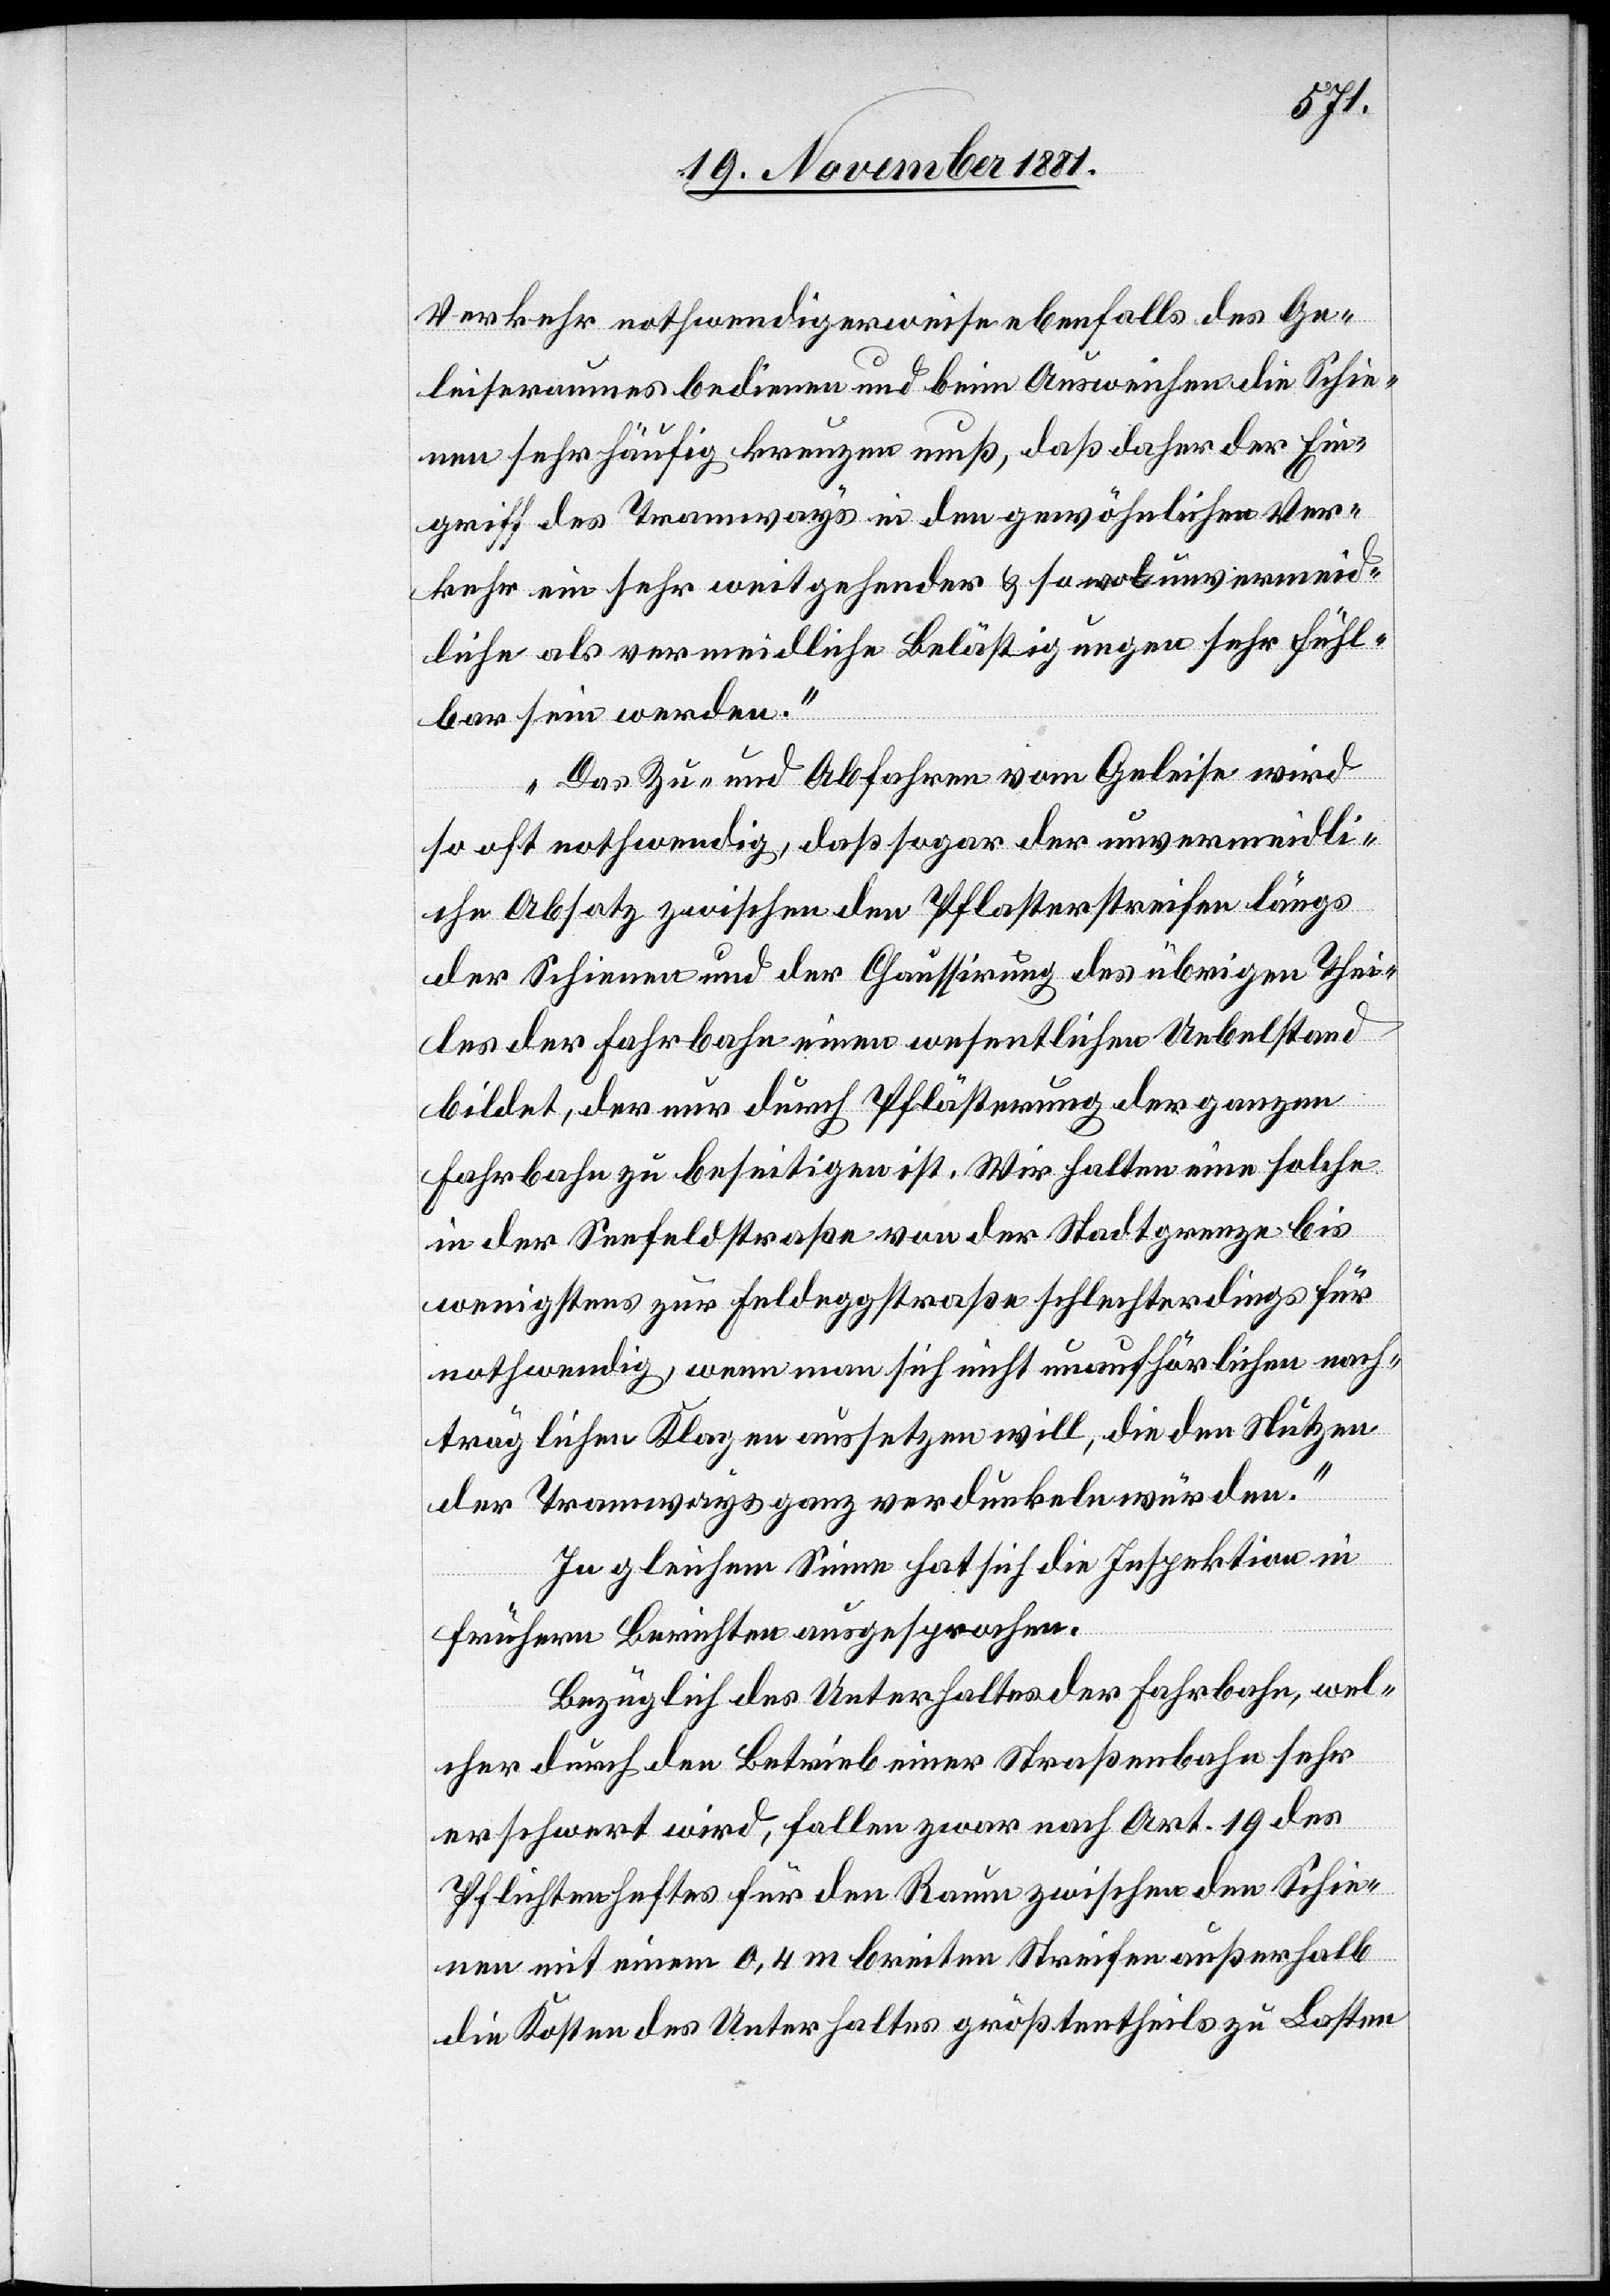
Verkehr nothwendigerweise ebenfalls des Ge¬
leiseraumes bedienen und beim Ausweichen die Schie¬
nen sehr häufig kreuzen muß, daß daher der Ein¬
griff des Tramways in den gewöhnlichen Ver¬
kehr ein sehr weitgehender & sowol unvermeid¬
liche als vermeidliche Belästigungen sehr fühl¬
bar sein werden.
Das Zu- und Abfahren vom Geleise wird
so oft nothwendig, daß sogar der unvermeidli¬
che Absatz zwischen den Pflasterstreifen längs
der Schienen und der Chauffirung des übrigen Thei¬
les der Fahrbahn einen wesentlichen Uebelstand
bildet, der nur durch Pflästerung der ganzen
Fahrbahn zu beseitigen ist. Wir halten eine solche
in der Seefeldstraße von der Stadtgrenze bis
wenigstens zur Feldeggstraße schlechterdings für
nothwendig, wenn man sich nicht unaufhörlichen nach¬
träglichen Klagen aussetzen will, die den Nutzen
der Tramways ganz verdunkeln würden.“
In gleichem Sinne hat sich die Inspektion in
frühern Berichten ausgesprochen.
Bezüglich des Unterhaltes der Fahrbahn, wel¬
cher durch den Betrieb einer Straßenbahn sehr
erschwert wird, fallen zwar nach Art. 19 des
Pflichtenheftes für den Raum zwischen den Schie¬
nen mit einem 0,4m breiten Streifen außerhalb
die Kosten des Unterhaltes größtentheils zu Lasten